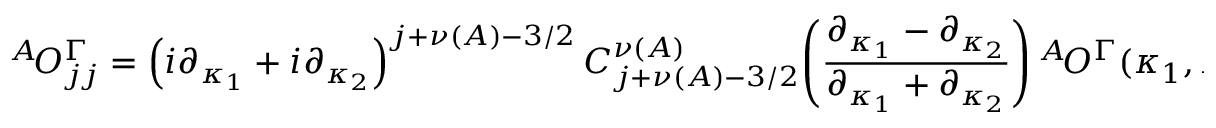
{ ^ A \! { \cal O } _ { j j } ^ { \Gamma } } = \left( i \partial _ { \kappa _ { 1 } } + i \partial _ { \kappa _ { 2 } } \right) ^ { j + \nu ( A ) - 3 / 2 } C _ { j + \nu ( A ) - 3 / 2 } ^ { \nu ( A ) } \! \left( \frac { \partial _ { \kappa _ { 1 } } - \partial _ { \kappa _ { 2 } } } { \partial _ { \kappa _ { 1 } } + \partial _ { \kappa _ { 2 } } } \right) { ^ A \! { \cal O } ^ { \Gamma } } ( \kappa _ { 1 } , \kappa _ { 2 } ) _ { | \kappa _ { 1 } = \kappa _ { 2 } = 0 } ,